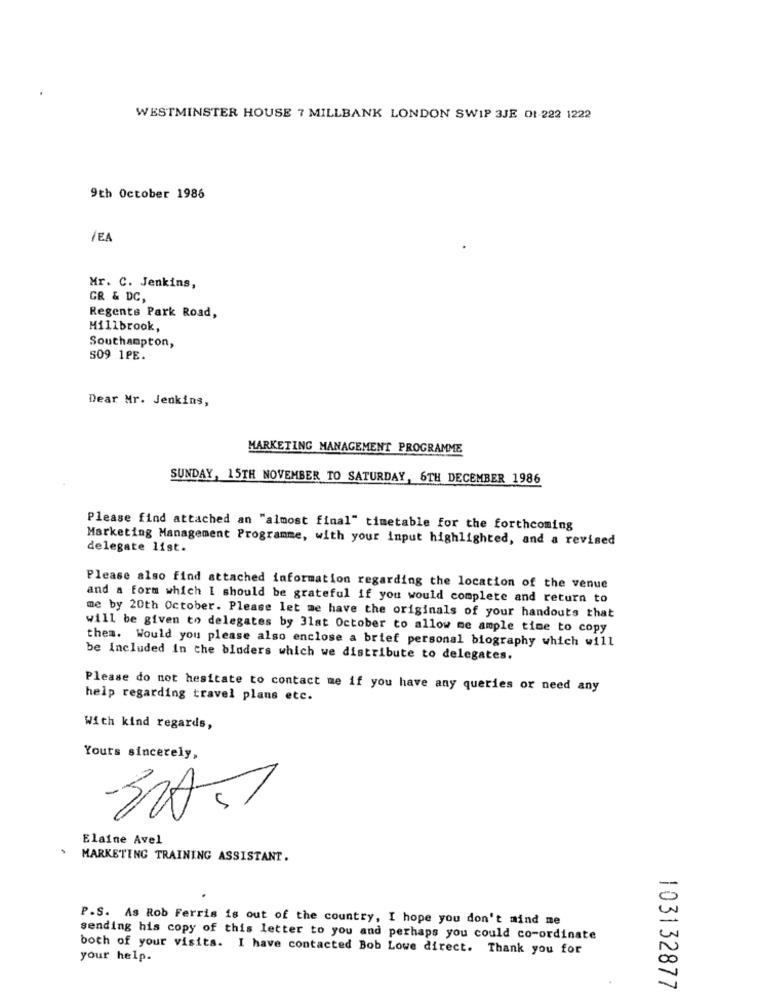
WESTMINSTER HOUSE 7 MILLBANK LONDON SWIP 3JE 01-222 1222
9th October 1986
/EA
Mr. C. Jenkins,
GR & DC,
Regents Park Road,
Millbrook,
Southampton,
S09 1PE.
Dear Mr. Jenkins,
MARKETING MANAGEMENT PROGRAMME
SUNDAY, 15TH NOVEMBER TO SATURDAY, 6TH DECEMBER 1986
Please find attached an "almost final" timetable for the forthcoming
Marketing Management Programme, with your input highlighted, and a revised
delegate list.
Please also find attached information regarding the location of the venue
and a form which I should be grateful if you would complete and return to
me by 20th October. Please let me have the originals of your handouts that
will be given to delegates by 31st October to allow me ample time to copy
them. Would you please also enclose a brief personal biography which will
be Included in the binders which we distribute to delegates.
Please do not hesitate to contact me if you have any queries or need any
help regarding travel plans etc.
With kind regards,
Yours sincerely,
Elaine Avel
MARKETING TRAINING ASSISTANT.
P.S. As Rob Ferris is out of the country, I hope you don't mind me
sending his copy of this letter to you and perhaps you could co-ordinate
both of your visits. I have contacted Bob Lowe direct. Thank you for
your help.
103132877